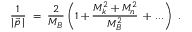
\frac { 1 } { | \vec { p } \, | } \; = \; \frac { 2 } { M _ { B } } \left( 1 + \frac { M _ { k } ^ { 2 } + M _ { n } ^ { 2 } } { M _ { B } ^ { 2 } } \, + \, . . . \right) \; .